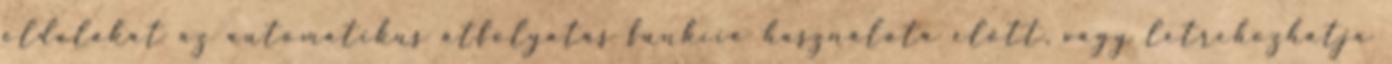
oldalakat az automatikus átfolyatás funkció használata előtt, vagy létrehozhatja